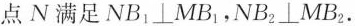
点N满足NB1⊥MB1，NB2⊥MB2。